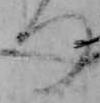
つ